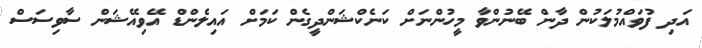
އަދި ފުވައްމުލަކުން ދާން ބޭނުންވާ މީހުންނަށް ކަނެކްޝަންދީގެން ކަމަށް އައިލެންޑް އޭވިއޭޝަން ސާވިސަސް